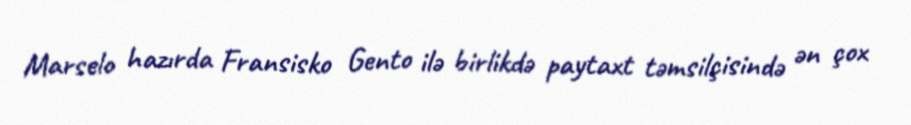
Marselo hazırda Fransisko Gento ilə birlikdə paytaxt təmsilçisində ən çox